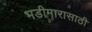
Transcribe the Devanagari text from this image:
भडीमारासाठी